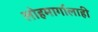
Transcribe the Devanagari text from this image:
लोहमार्गालाही